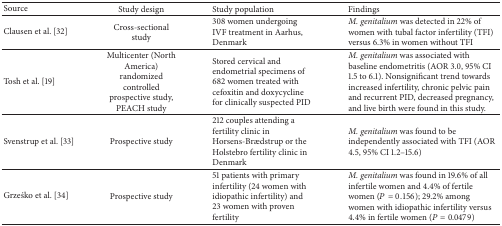
<table><thead><tr><td><b>Source</b></td><td><b>Study design</b></td><td><b>Study population </b></td><td><b>Findings </b></td></tr></thead><tbody><tr><td>Clausen et al. [32]</td><td>Cross-sectional study </td><td>308 women undergoing IVF treatment in Aarhus, Denmark</td><td><i>M. genitalium</i> was detected in 22% of women with tubal factor infertility (TFI) versus 6.3% in women without TFI</td></tr><tr><td> Tosh et al. [19]</td><td>Multicenter (North America) randomized controlled prospective study, PEACH study</td><td>Stored cervical and endometrial specimens of 682 women treated with cefoxitin and doxycycline for clinically suspected PID </td><td><i>M. genitalium</i> was associated with baseline endometritis (AOR 3.0, 95% CI 1.5 to 6.1). Nonsignificant trend towards increased infertility, chronic pelvic pain and recurrent PID, decreased pregnancy, and live birth were found in this study.</td></tr><tr><td>Svenstrup et al. [33]</td><td>Prospective study</td><td>212 couples attending a fertility clinic in Horsens-Brædstrup or the Holstebro fertility clinic in Denmark</td><td><i>M. genitalium</i> was found to be independently associated with TFI (AOR 4.5, 95% CI 1.2–15.6)</td></tr><tr><td>Grześko et al. [34]</td><td>Prospective study</td><td>51 patients with primary infertility (24 women with idiopathic infertility) and 23 women with proven fertility</td><td><i>M. genitalium</i> was found in 19.6% of all infertile women and 4.4% of fertile women (<i>P</i> = 0.156); 29.2% among women with idiopathic infertility versus 4.4% in fertile women (<i>P</i> = 0.0479) </td></tr></tbody></table>